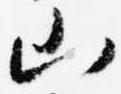
山